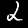
Digit: 2